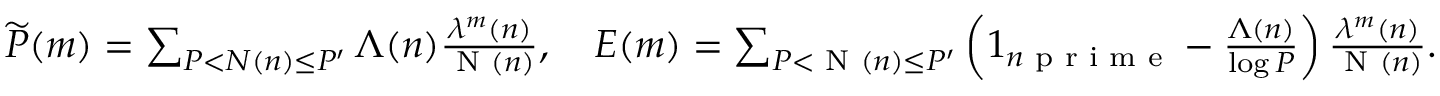
\begin{array} { r } { \widetilde { P } ( m ) = \sum _ { P < N ( n ) \leq P ^ { \prime } } \Lambda ( n ) \frac { \lambda ^ { m } ( n ) } { \textnormal { N } ( n ) } , \quad E ( m ) = \sum _ { P < \textnormal { N } ( n ) \leq P ^ { \prime } } \left( 1 _ { n \textnormal { p r i m e } } - \frac { \Lambda ( n ) } { \log P } \right) \frac { \lambda ^ { m } ( n ) } { \textnormal { N } ( n ) } . } \end{array}